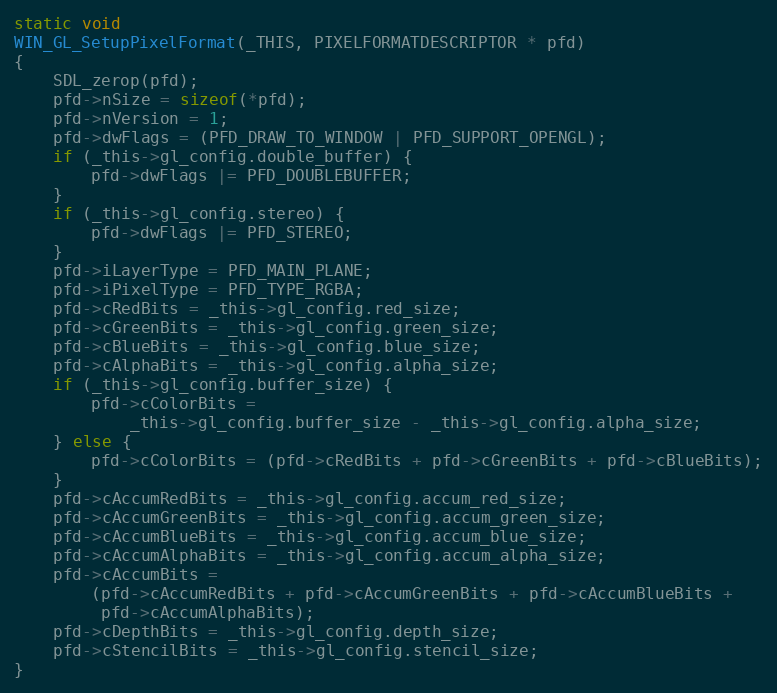
Language: C
static void
WIN_GL_SetupPixelFormat(_THIS, PIXELFORMATDESCRIPTOR * pfd)
{
    SDL_zerop(pfd);
    pfd->nSize = sizeof(*pfd);
    pfd->nVersion = 1;
    pfd->dwFlags = (PFD_DRAW_TO_WINDOW | PFD_SUPPORT_OPENGL);
    if (_this->gl_config.double_buffer) {
        pfd->dwFlags |= PFD_DOUBLEBUFFER;
    }
    if (_this->gl_config.stereo) {
        pfd->dwFlags |= PFD_STEREO;
    }
    pfd->iLayerType = PFD_MAIN_PLANE;
    pfd->iPixelType = PFD_TYPE_RGBA;
    pfd->cRedBits = _this->gl_config.red_size;
    pfd->cGreenBits = _this->gl_config.green_size;
    pfd->cBlueBits = _this->gl_config.blue_size;
    pfd->cAlphaBits = _this->gl_config.alpha_size;
    if (_this->gl_config.buffer_size) {
        pfd->cColorBits =
            _this->gl_config.buffer_size - _this->gl_config.alpha_size;
    } else {
        pfd->cColorBits = (pfd->cRedBits + pfd->cGreenBits + pfd->cBlueBits);
    }
    pfd->cAccumRedBits = _this->gl_config.accum_red_size;
    pfd->cAccumGreenBits = _this->gl_config.accum_green_size;
    pfd->cAccumBlueBits = _this->gl_config.accum_blue_size;
    pfd->cAccumAlphaBits = _this->gl_config.accum_alpha_size;
    pfd->cAccumBits =
        (pfd->cAccumRedBits + pfd->cAccumGreenBits + pfd->cAccumBlueBits +
         pfd->cAccumAlphaBits);
    pfd->cDepthBits = _this->gl_config.depth_size;
    pfd->cStencilBits = _this->gl_config.stencil_size;
}